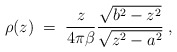
\begin{align*}\rho(z)\;=\; {z\over 4\pi\beta} {\sqrt{b^2-z^2}\over \sqrt{z^2-a^2}}\; ,\end{align*}